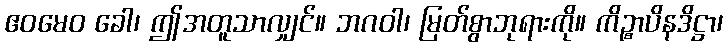
ဧဝမေဝ ခေါ၊ ဤအတူသာလျှင်။ ဘဂဝါ၊ မြတ်စွာဘုရားကို။ ကိဉ္စာပိနဒိဋ္ဌာ၊